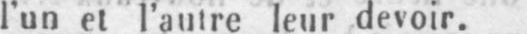
l’un et l’autre leur devoir.